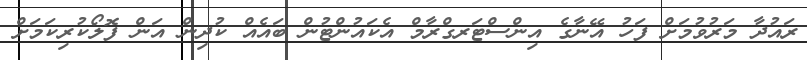
ރައުދާ މަރުވުމަށް ފަހު އޭނާގެ އިންސްޓަރގްރާމް އެކައުންޓުން ބައެއް ކުދިން އަން ފޮލޯކުރިކަމަށް